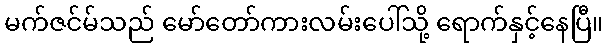
မက်ဇင်မ်သည် မော်တော်ကားလမ်းပေါ်သို့ ရောက်နှင့်နေပြီ။